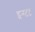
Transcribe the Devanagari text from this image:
इन्स्टट